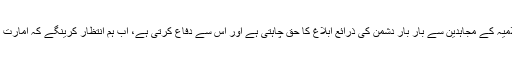
اب یہاں ذرائع سے دفاع کرنیوالے وہ ادارے بھی آزمائش میں آتے ہیں،جو امارت اسلامیہ کے مجاہدین سے بار بار دشمن کی ذرائع ابلاغ کا حق چاہتی ہے اور اس سے دفاع کرتی ہے، اب ہم انتظار کرینگے کہ امارت اسلامیہ کی ابلاغی ذرائع پر ہونے والے حملے کے متعلق وہ کس طرح فیصلہ کریگا؟